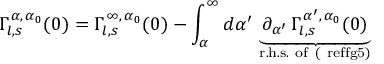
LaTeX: \Gamma _ { l , s } ^ { \, \alpha , \, \alpha _ { 0 } } ( 0 ) = \Gamma _ { l , s } ^ { \, \infty , \, \alpha _ { 0 } } ( 0 ) - \int _ { \alpha } ^ { \infty } d \alpha ^ { \prime } \, \underbrace { \, \partial _ { \alpha ^ { \prime } } \, \Gamma _ { l , s } ^ { \, \alpha ^ { \prime } , \, \alpha _ { 0 } } ( 0 ) \, } _ { \mathrm { r . h . s . ~ o f ~ ( \ r e f { f g 5 } ) } }